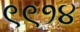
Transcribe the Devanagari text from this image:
९९१४